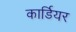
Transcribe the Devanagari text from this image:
कार्डियर